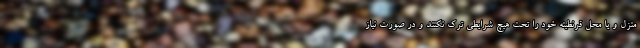
منزل و یا محل قرنطینه خود را تحت هیچ شرایطی ترک نکنند و در صورت نیاز